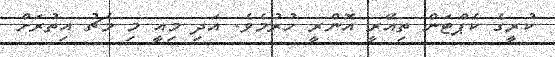
ކުރީގެ ކެޕްޓަން ތިއޭރީ އޮންރީ ހުރުމެވެ. އަދި މިއީ މި މެޗު އިތުރަށް